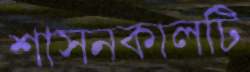
শাসনকালটি